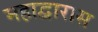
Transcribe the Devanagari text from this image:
महाद्वारास